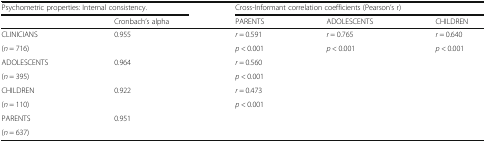
| <COLSPAN=2> Psychometric properties: Internal consistency. | <COLSPAN=3> Cross-Informant correlation coefficients (Pearson’s r) |
 |  | Cronbach’s alpha | PARENTS | ADOLESCENTS | CHILDREN |
 | --- | --- | --- | --- | --- |
 | CLINICIANS | <ROWSPAN=2> 0.955 | r = 0.591 | r = 0.765 | r = 0.640 |
 | (n = 716) | p < 0.001 | p < 0.001 | p < 0.001 |
 | ADOLESCENTS | <ROWSPAN=2> 0.964 | r = 0.560 | <ROWSPAN=2>  | <ROWSPAN=2>  |
 | (n = 395) | p < 0.001 |
 | CHILDREN | <ROWSPAN=2> 0.922 | r = 0.473 | <ROWSPAN=2>  | <ROWSPAN=2>  |
 | (n = 110) | p < 0.001 |
 | PARENTS | <ROWSPAN=2> 0.951 | <ROWSPAN=2>  | <ROWSPAN=2>  | <ROWSPAN=2>  |
 | (n = 637) |